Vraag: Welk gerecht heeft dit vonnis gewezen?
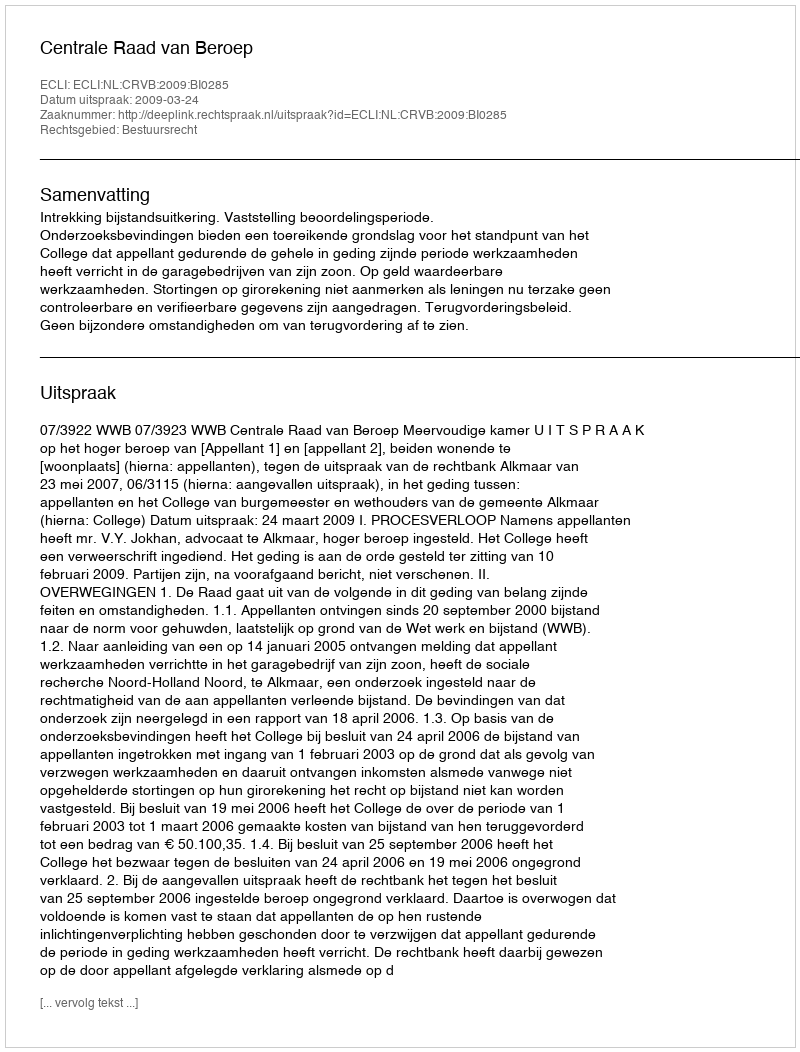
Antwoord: Centrale Raad van Beroep